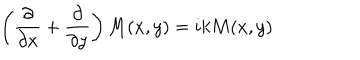
\left( \frac { \partial } { \partial x } + \frac { \partial } { \partial y } \right) M ( x , y ) = i k M ( x , y )